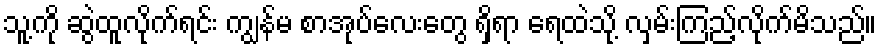
သူ့ကို ဆွဲထူလိုက်ရင်း ကျွန်မ စာအုပ်လေးတွေ ရှိရာ ရေထဲသို့ လှမ်းကြည့်လိုက်မိသည်။